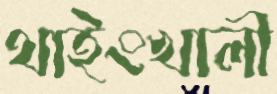
থাইংখালী